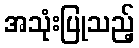
အသုံးပြုသည့်